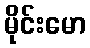
မိုင်းမော